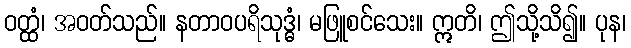
ဝတ္ထံ၊ အဝတ်သည်။ နတာဝပရိသုဒ္ဓံ၊ မဖြူစင်သေး။ ဣတိ၊ ဤသို့သိ၍။ ပုန၊